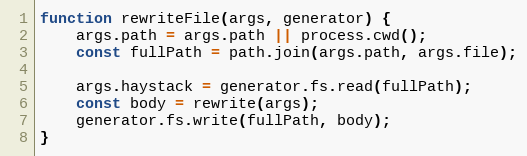
Language: JavaScript
function rewriteFile(args, generator) {
    args.path = args.path || process.cwd();
    const fullPath = path.join(args.path, args.file);

    args.haystack = generator.fs.read(fullPath);
    const body = rewrite(args);
    generator.fs.write(fullPath, body);
}